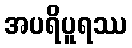
အပရိပူရဿ